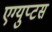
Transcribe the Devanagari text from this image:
एग्युप्टस